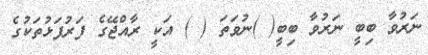
ނަރުވާ ބިބީ ނަރުވާ ބިބީ( )ނުވަތަ ( ) އަކީ ރާއްޖޭގެ ފަރުފަޅުތަކުގެ